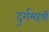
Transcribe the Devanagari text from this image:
दुर्गमहर्षी